Medical and sanitary report of the native army of Madras for the year
Year: 1878
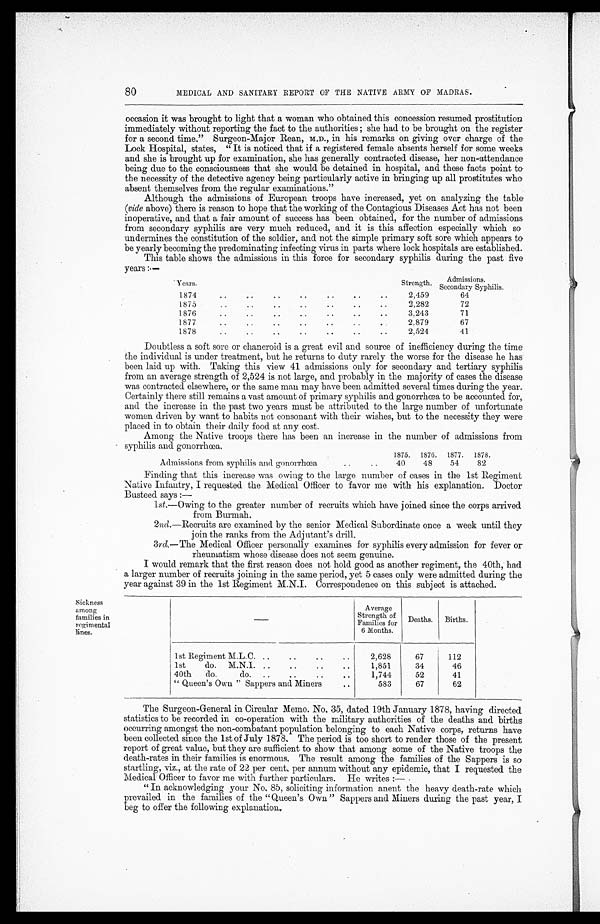
80
MEDICAL AND SANITARY REPORT OF THE NATIVE ARMY OF MADRAS.
occasion it was brought to light that a woman who obtained this concession resumed prostitution
immediately without reporting the fact to the authorities ; she had to be brought on the register
for a second time." Surgeon-Major Rean, M.D., in his remarks on giving over charge of the
Lock Hospital, states, "It is noticed that if a registered female absents herself for some weeks
and she is brought up for examination, she has generally contracted disease, her non-attendance
being due to the consciousness that she would be detained in hospital, and these facts point to
the necessity of the detective agency being particularly active in bringing up all prostitutes who
absent themselves from the regular examinations."
Although the admissions of European troops have increased, yet on analyzing the table
(vide above) there is reason to hope that the working of the Contagious Diseases Act has not been
inoperative, and that a fair amount of success has been obtained, for the number of admissions
from secondary syphilis are very much reduced, and it is this affection especially which so
undermines the constitution of the soldier, and not the simple primary soft sore which appears to
be yearly becoming the predominating infecting virus in parts where lock hospitals are established.
This table shows the admissions in this force for secondary syphilis during the past five years:—
Years.
Strength. Admissions.
Secondary Syphilis.
1874
. . ..
. .
. . . .
..
..
2 , 4 5 9
64
1875
..
..
..
. .
..
..
..
2,282
72
1876
..
..
..
..
..
..
..
3,243
71
1877
..
..
..
..
..
. .
. .
2,879
67
1878
..
..
..
..
..
..
..
2,524
41
Doubtless a soft sore or chancroid is a great evil and source of inefficiency during the time
the individual is under treatment, but he returns to duty rarely the worse for the disease he has
been laid up with. Taking this view 41 admissions only for secondary and tertiary syphilis
from an average strength of 2,524 is not large, and probably in the majority of cases the disease
was contracted elsewhere, or the same man may have been admitted several times during the year.
Certainly there still remains a vast amount of primary syphilis and gonorrhœa to be accounted for,
and the increase in the past two years must be attributed to the large number of unfortunate
women driven by want to habits not consonant, with their wishes, but to the necessity they were
placed in to obtain their daily food at any cost.
Among the Native troops there has been an increase in the number of admissions from
syphilis and gonorrhœa.
1875. 1876. 1877. 1878.
Admissions from syphilis and gonorrhœa
..
. .
40
48
54
82
Finding that this increase was owing to the large number of cases in the 1st Regiment
Native Infantry, I requested the Medical Officer to favor me with his explanation. Doctor
Busteed says :—
1st.—Owing to the greater number of recruits which have joined since the corps arrived
from Burmah.
2nd.—Recruits are examined by the senior Medical Subordinate once a week until they
join the ranks from the Adjutant's drill.
3rd.— The Medical Officer personally examines for syphilis every admission for fever or
rheumatism whose disease does not seem genuine.
I would remark that the first reason does not hold good as another regiment, the 40th, had
a larger number of recruits joining in the same period, yet 5 cases only were admitted during the
year against 39 in the 1st Regiment M.N.I. Correspondence on this subject is attached.
Sickness
among
families in
regimental
lines.
—
Average
Strength of
Families for
6 Months.
Deaths. Births.
1st Regiment M.L.C. ..
..
..
..
2,628
67
112
1st
do. M.N.I. ..
..
..
..
1,851
34
46
40th do.
do. ..
. .
..
..
1,744
52
41
"Queen's Own" Sappers and Miners
. .
583
67
62
The Surgeon-General in Circular Memo. No. 35, dated 19th January 1878, having directed
statistics to be recorded in co-operation with the military authorities of the deaths and births
occurring amongst the non-combatant population belonging to each Native corps, returns have
been collected since the 1st of July 1878. The period is too short to render those of the present
report of great value, but they are sufficient to show that among some of the Native troops the
death-rates in their families is enormous. The result among the families of the Sappers is so
startling, viz. , at the rate of 22 per cent. per annum without any epidemic, that I requested the
Medical Officer to favor me with further particulars. He writes :
—
"In acknowledging your No. 85, soliciting information anent the heavy death-rate which
prevailed in the families of the "Queen's Own" Sappers and Miners during the past year, I
beg to offer the following explanation.